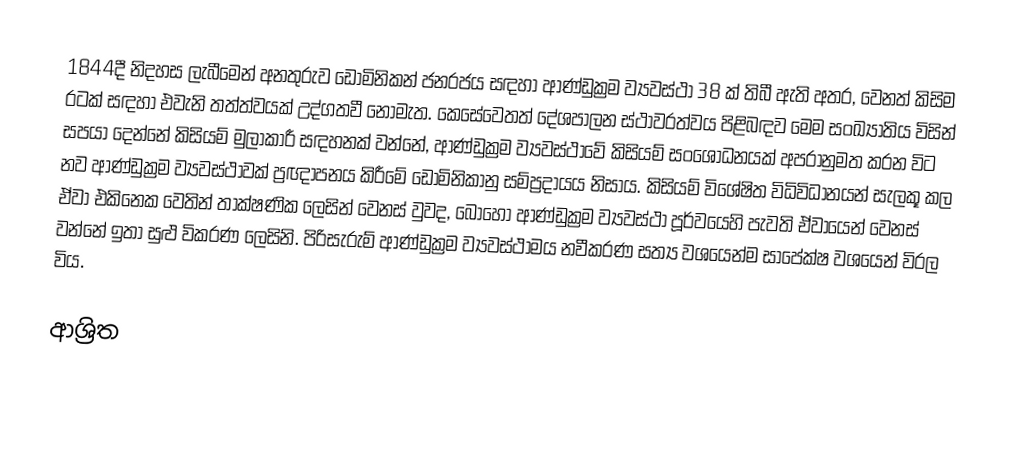
1844දී නිදහස ලැබීමෙන් අනතුරුව ඩොමිනිකන් ජනරජය  සඳහා  ආණ්ඩුක්‍රම ව්‍යවස්ථා 38 ක් තිබී ඇති අතර, වෙනත් කිසිම රටක් සඳහා එවැනි තත්ත්වයක් උද්ගතවී නොමැත. කෙසේවෙතත් දේශපාලන ස්ථාවරත්වය පිළිබඳව මෙම  සංඛ්‍යාතිය විසින් සපයා දෙන්නේ කිසියම් මුලාකාරී සඳහනක් වන්නේ, ආණ්ඩුක්‍රම ව්‍යවස්ථාවේ කිසියම් සංශෝධනයක් අපරානුමත කරන විට නව ආණ්ඩුක්‍රම ව්‍යවස්ථාවක් ප්‍රඥාපනය කිරීමේ ඩොමිනිකානු සම්ප්‍රදායය නිසාය. කිසියම් විශේෂිත විධිවිධානයන් සැලකූ කල ඒවා එකිනෙක වෙතින් තාක්ෂණික ලෙසින් වෙනස් වුවද,  බොහෝ ආණ්ඩුක්‍රම ව්‍යවස්ථා පූර්වයෙහි පැවති ඒවායෙන් වෙනස් වන්නේ ඉතා සුළු විකරණ ලෙසිනි. පිරිසැරුම් ආණ්ඩුක්‍රම ව්‍යවස්ථාමය නවීකරණ සත්‍ය වශයෙන්ම සාපේක්ෂ වශයෙන් විරල විය.

ආශ්‍රිත